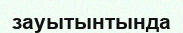
зауытынтында